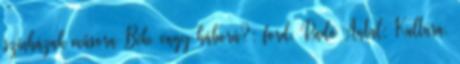
színházak műsora Béke vagy háború?; ford. Radó Antal; Kultúra,